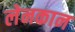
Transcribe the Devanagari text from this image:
लेनकान